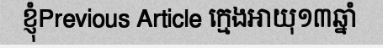
ខ្ញុំPrevious Article ក្មេងអាយុ១៣ឆ្នាំ